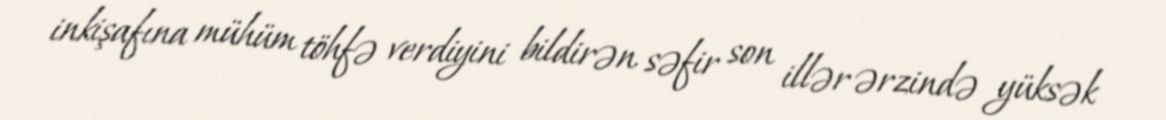
inkişafına mühüm töhfə verdiyini bildirən səfir son illər ərzində yüksək